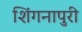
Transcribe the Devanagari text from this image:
शिंगनापुरी